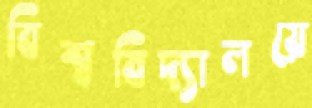
বিশ্ববিদ্যালয়ে